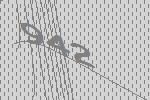
942